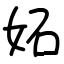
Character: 妬